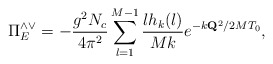
\begin{align*}\Pi^{\wedge\vee}_E = -{g^2N_c\over4\pi^2}\sum_{l=1}^{M-1}{lh_k(l)\over Mk}e^{-k{\bf Q}^2/2MT_0},\end{align*}